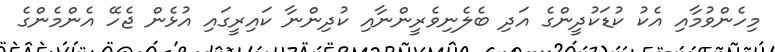
މިހެންވުމާއި އެކު ކުޑަކުދީންގެ އަދި ބެލެނިވެރީންނާއި ކުދިންނާ ކައިރީގައި އުޅެން ޖެހޭ އެންމެންގެ